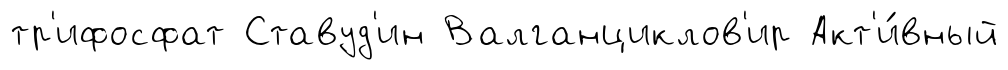
тр'ифосфат Ставуд'ин Валганциклов'ир Акт'и́вный